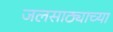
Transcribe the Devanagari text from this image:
जलसाठ्याच्या